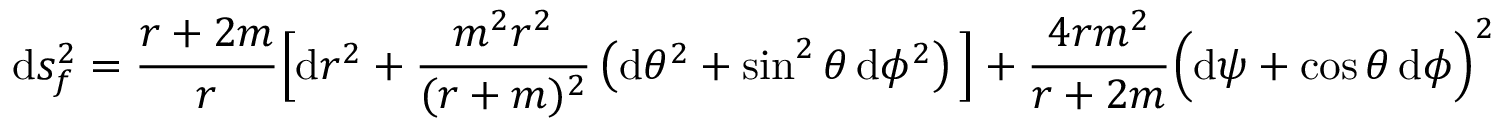
\mathrm { d } s _ { f } ^ { 2 } = \frac { r + 2 m } { r } \Big [ \mathrm { d } r ^ { 2 } + \frac { m ^ { 2 } r ^ { 2 } } { ( r + m ) ^ { 2 } } \left( \mathrm { d } \theta ^ { 2 } + \sin ^ { 2 } \theta \, \mathrm { d } \phi ^ { 2 } \right) \Big ] + \frac { 4 r m ^ { 2 } } { r + 2 m } \Big ( \mathrm { d } \psi + \cos \theta \, \mathrm { d } \phi \Big ) ^ { 2 }